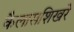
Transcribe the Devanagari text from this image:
कैलासशिखरे